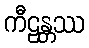
ကီဠန္တဿ